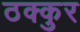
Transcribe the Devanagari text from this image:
ठक्कुर